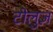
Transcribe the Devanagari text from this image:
टोलुज़